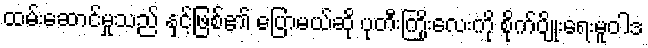
ထမ်းဆောင်မှုသည် နှင့်ဖြစ်၏ ပြောမယ်ဆို ပုတီးကြိုးလေးကို စိုက်ပျိုးရေးမူဝါဒ